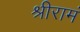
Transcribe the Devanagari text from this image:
श्रीरामं